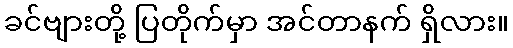
ခင်ဗျားတို့ ပြတိုက်မှာ အင်တာနက် ရှိလား။